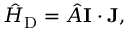
{ \hat { H } } _ { \mathrm { D } } = { \hat { A } } \mathbf { I } \cdot \mathbf { J } ,